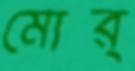
মোর্